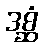
ဒစ္ဆံ